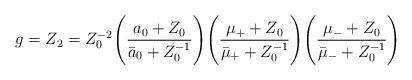
LaTeX: \begin{align*}g = Z_2 = Z_0^{-2}\Biggl (\frac {a_0 + Z_0}{\bar a_0 + Z_0^{-1}}\Biggr)\Biggl (\frac {\mu_+ + Z_0}{\bar \mu_+ + Z_0^{-1}}\Biggr)\Biggl (\frac{\mu_- + Z_0}{\bar \mu_- + Z_0^{-1}}\Biggr)\end{align*}